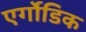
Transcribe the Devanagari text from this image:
एर्गोडिक